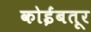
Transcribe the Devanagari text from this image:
कोईंबतूर